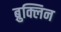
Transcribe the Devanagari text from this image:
ब्रुक्लिन